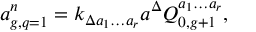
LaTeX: a _ { g , q = 1 } ^ { n } = k _ { \Delta a _ { 1 } \ldots a _ { r } } a ^ { \Delta } { \cal Q } _ { 0 , g + 1 } ^ { a _ { 1 } \ldots a _ { r } } ,